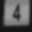
Digit: 4